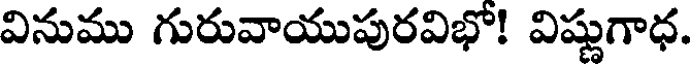
వినుము గురువాయుపురవిభో! విష్ణుగాధ.